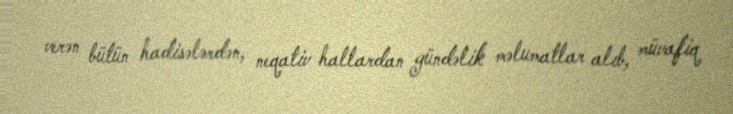
verən bütün hadisələrdən, neqativ hallardan gündəlik məlumatlar alıb, müvafiq